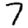
Digit: 7